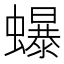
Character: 𧔙